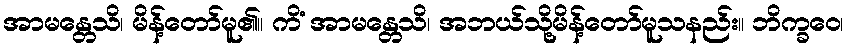
အာမန္တေသိ၊ မိန့်တော်မူ၏။ ကိံ အာမန္တေသိ၊ အဘယ်သို့မိန့်တော်မူသနည်း။ ဘိက္ခဝေ၊